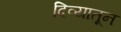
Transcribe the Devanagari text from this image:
दिव्यातून